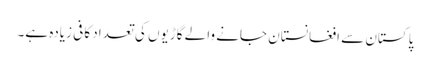
پاکستان سے افغانستان جانے والے گاڑیوں کی تعداد کافی زیادہ ہے۔